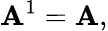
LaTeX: \mathbf{A}^{1}=\mathbf{A},